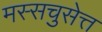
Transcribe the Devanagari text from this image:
मस्सचुसेत्त